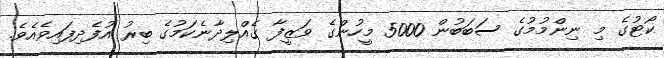
ކޯޓުގެ މި ނިންމުމުގެ ސަބަބުން 5000 މީހުންގެ ވަޒީފާ ގެއްލިދާނެކަމުގެ ބިރު އުފެދިފައިވެއެވެ.